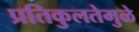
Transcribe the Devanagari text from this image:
प्रतिकुलतेमुळे